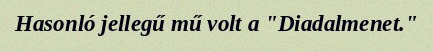
Hasonló jellegű mű volt a "Diadalmenet."